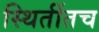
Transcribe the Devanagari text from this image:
स्थितींतच